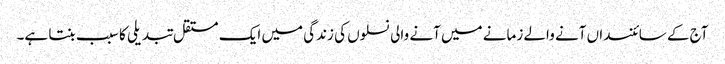
آج کے سائنسداں آنے والے زمانے میں آنے والی نسلوں کی زندگی میں ایک مستقل تبدیلی کا سبب بنتا ہے۔